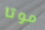
موتا